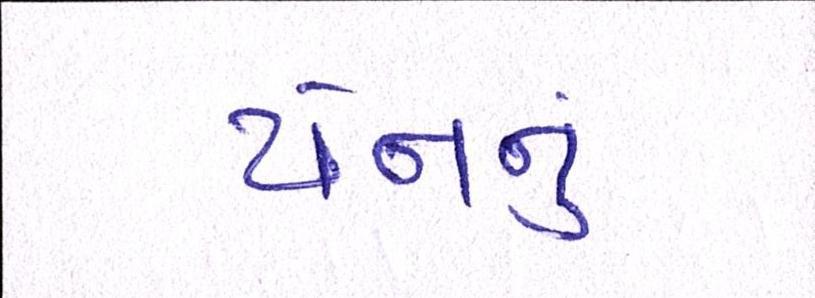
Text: યેનનું